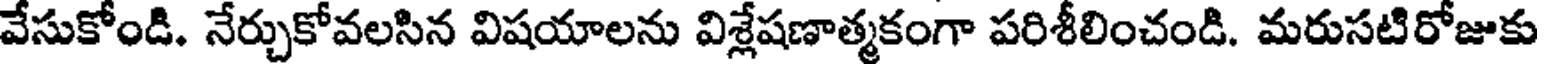
వేసుకోండి. నేర్చుకోవలసిన విషయాలను విశ్లేషణాత్మకంగా పరిశీలించండి. మరుసటిరోజుకు